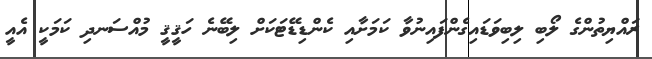
ރައްޔިތުންގެ ލޯބި ލިބިވަޑައިގެންފައިނުވާ ކަމަށާއި ކެންޑިޑޭޓަކަށް ލިބޭނެ ހަޤީޤީ މުއްސަނދި ކަމަކީ އެއީ